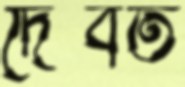
দৈবত